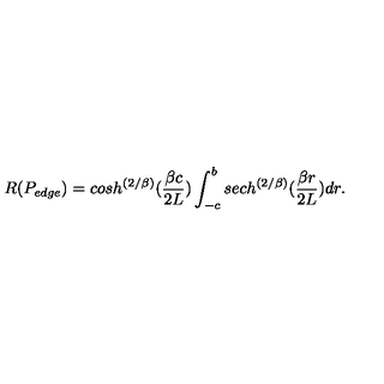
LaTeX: R ( P _ { e d g e } ) = c o s h ^ { \left( { 2 / \beta } \right) } ( { \frac { \beta c } { 2 L } } ) \int _ { - c } ^ { b } s e c h ^ { \left( { 2 / \beta } \right) } ( { \frac { \beta r } { 2 L } } ) d r .